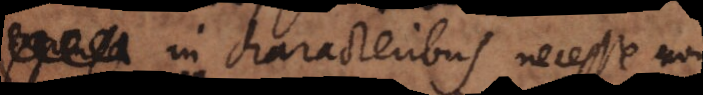
in characteribus necesse non